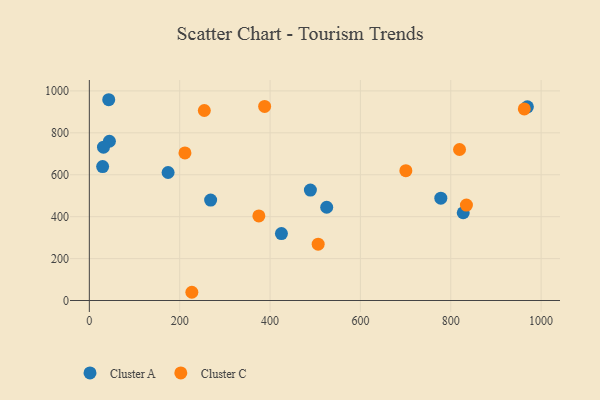
{"axis": {"x": "Investment", "y": "Demand"}, "legend": ["Cluster A", "Cluster C"], "data": [{"x": "44.4", "y": 759.8, "type": "Cluster A"}, {"x": "268.5", "y": 479.1, "type": "Cluster A"}, {"x": "525.4", "y": 444.9, "type": "Cluster A"}, {"x": "425.2", "y": 319.4, "type": "Cluster A"}, {"x": "969.6", "y": 923.9, "type": "Cluster A"}, {"x": "778.0", "y": 488.0, "type": "Cluster A"}, {"x": "31.3", "y": 731.6, "type": "Cluster A"}, {"x": "489.3", "y": 527.1, "type": "Cluster A"}, {"x": "42.9", "y": 957.9, "type": "Cluster A"}, {"x": "29.4", "y": 639.0, "type": "Cluster A"}, {"x": "827.6", "y": 418.7, "type": "Cluster A"}, {"x": "174.3", "y": 610.6, "type": "Cluster A"}, {"x": "226.9", "y": 39.3, "type": "Cluster C"}, {"x": "834.7", "y": 455.3, "type": "Cluster C"}, {"x": "375.2", "y": 403.5, "type": "Cluster C"}, {"x": "254.5", "y": 906.5, "type": "Cluster C"}, {"x": "388.0", "y": 925.8, "type": "Cluster C"}, {"x": "506.5", "y": 268.9, "type": "Cluster C"}, {"x": "211.6", "y": 703.9, "type": "Cluster C"}, {"x": "819.4", "y": 720.5, "type": "Cluster C"}, {"x": "962.8", "y": 914.2, "type": "Cluster C"}, {"x": "700.6", "y": 619.5, "type": "Cluster C"}]}